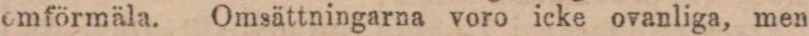
omförmäla. Omsättningarna voro icke ovanliga, men